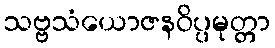
သဗ္ဗသံယောဇနဝိပ္ပမုတ္တာ